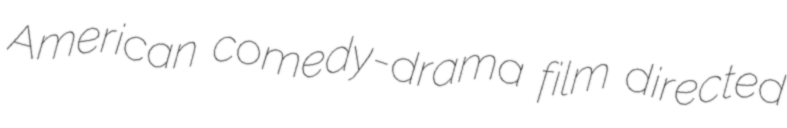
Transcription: American comedy-drama film directed